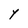
Character: Y